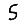
Digit: 5